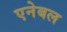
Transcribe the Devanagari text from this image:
एनेबल